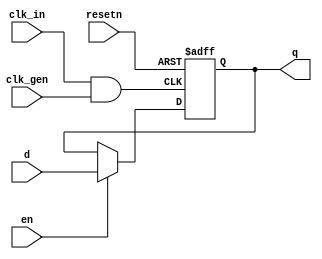
module dff
    #(parameter DW=1)
    (  
        input clk_in,
        input resetn,
        input en,
        input clk_gen,
        input   [DW-1:0]d,
        output [DW-1:0]q
    );
    wire clk;
    assign clk=clk_in&clk_gen;
    reg [DW-1:0]dff_r;
    assign q=dff_r;
    always @(posedge clk or negedge resetn) begin
        	if (~resetn) 
        	       	dff_r<='h0;	
        	else  if (en)
        			dff_r<=d;
        	else
        			dff_r<=dff_r;
    end



endmodule